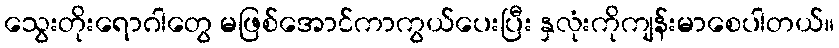
သွေးတိုးရောဂါတွေ မဖြစ်အောင်ကာကွယ်ပေးပြီး နှလုံးကိုကျန်းမာစေပါတယ်။